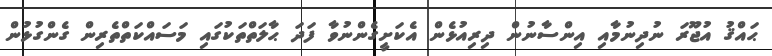
ޙައްޤު އުޖޫރަ ނުދިނުމާއި އިންސާނުން ދިރިއުޅެން އެކަށީގެންނުވާ ފަދަ ޙާލަތްތަކުގައި މަސައްކަތްތެރިން ގެންގުޅުން